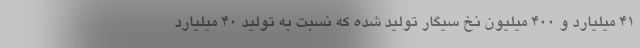
۴۱ میلیارد و ۴۰۰ میلیون نخ سیگار تولید شده که نسبت به تولید ۴۰ میلیارد